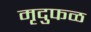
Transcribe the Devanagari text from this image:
मृदुफळ